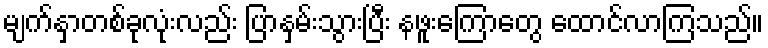
မျက်နှာတစ်ခုလုံးလည်း ပြာနှမ်းသွားပြီး နဖူးကြောတွေ ထောင်လာကြသည်။